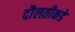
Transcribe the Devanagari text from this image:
दौलतीकडे